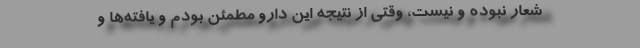
شعار نبوده و نیست، وقتی از نتیجه این دارو مطمئن بودم و یافته‌ها و